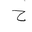
Letter: _ha